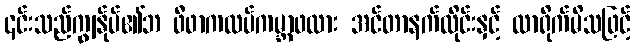
၎င်းသည်ကျွန်ုပ်၏ဘ ဖီဖာကလပ်ကမ္ဘာ့ဖလား အင်တာနက်လိုင်းနှင့် လာရိုက်မိသဖြင့်